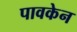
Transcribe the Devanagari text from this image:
पावकेन